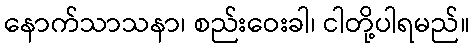
နောက်သာသနာ၊ စည်းဝေးခါ၊ ငါတို့ပါရမည်။